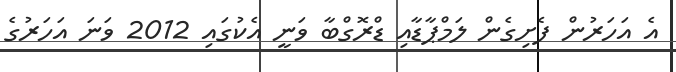
އެ އަހަރުން ފެށިގެން ލަމްޕާޑާއި ޑްރޮގްބާ ވަނީ އެކުގައި 2012 ވަނަ އަހަރުގެ